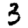
Digit: 3